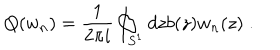
Q ( w _ { n } ) = \frac { 1 } { 2 \pi i } \oint _ { S ^ { 1 } } d z b ( z ) w _ { n } ( z ) \; .